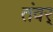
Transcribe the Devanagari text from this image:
तंवर्